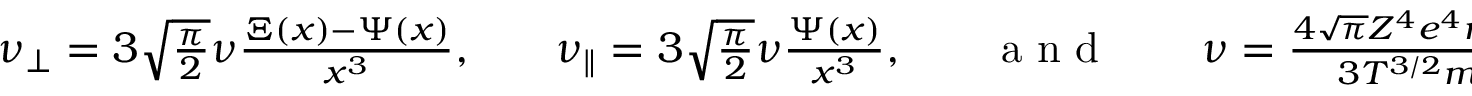
\begin{array} { r l r l r l r } { \nu _ { \perp } = 3 \sqrt { \frac { \pi } { 2 } } \nu \frac { \Xi ( x ) - \Psi ( x ) } { x ^ { 3 } } , } & { { } } & { \nu _ { \parallel } = 3 \sqrt { \frac { \pi } { 2 } } \nu \frac { \Psi ( x ) } { x ^ { 3 } } , } & { { } } & { \mathrm { ~ a ~ n ~ d ~ } } & { { } } & { \nu = \frac { 4 \sqrt { \pi } Z ^ { 4 } e ^ { 4 } n \log \Lambda } { 3 T ^ { 3 / 2 } m ^ { 1 / 2 } } , } \end{array}